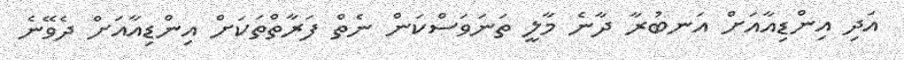
އަދި އިންޑިއާއަށް އަނބުރާ ދާނެ މާލީ ތަނަވަސްކަން ނެތް ފަރާތްތަކަށް އިންޑިއާއަށް ދެވޭނެ